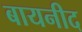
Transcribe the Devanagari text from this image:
बायनीद